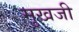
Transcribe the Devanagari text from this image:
मुखजी